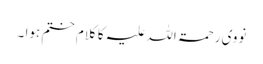
نووی رحمۃ اللہ علیہ کا کلام ختم ہوا ۔